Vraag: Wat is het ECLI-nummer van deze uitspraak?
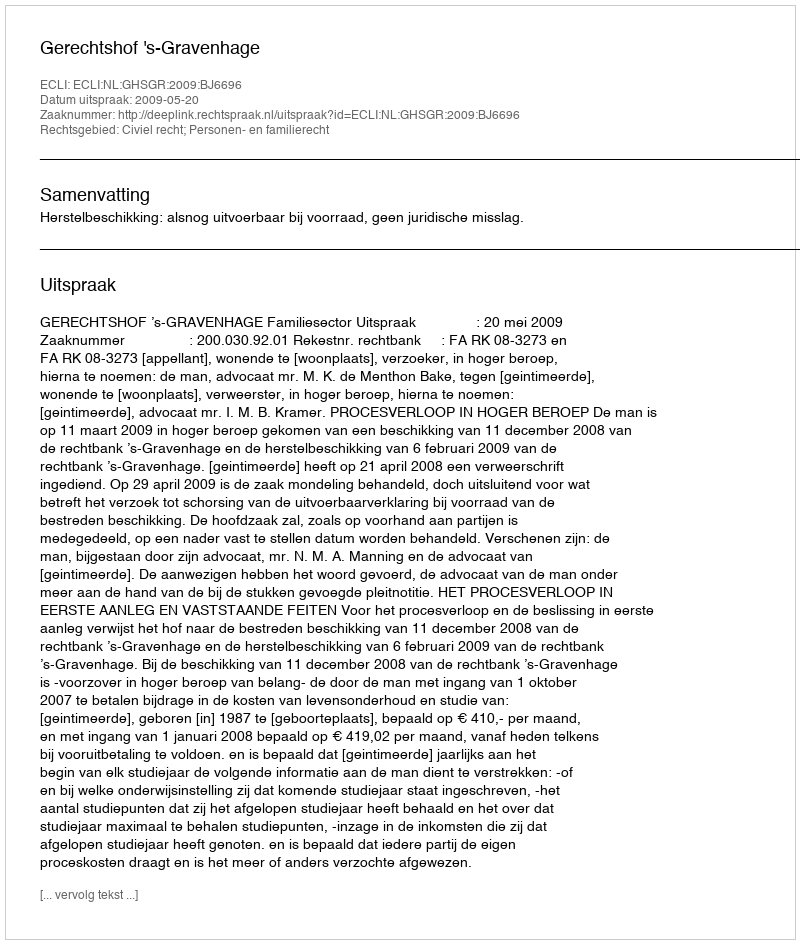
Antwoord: ECLI:NL:GHSGR:2009:BJ6696